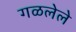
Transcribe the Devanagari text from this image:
गळलेले